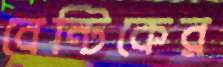
বেন্টিকের